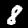
Digit: 8